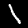
Label: 1